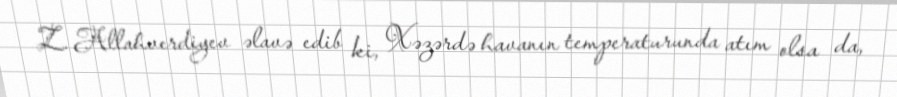
Z. Allahverdiyev əlavə edib ki, Xəzərdə havanın temperaturunda atım olsa da,